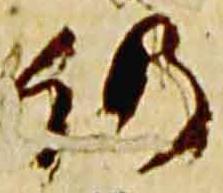
仍